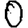
Digit: 0